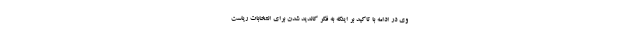
وی در ادامه با تاکید بر اینکه به فکر کاندید شدن برای انتخابات ریاست